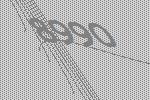
8990